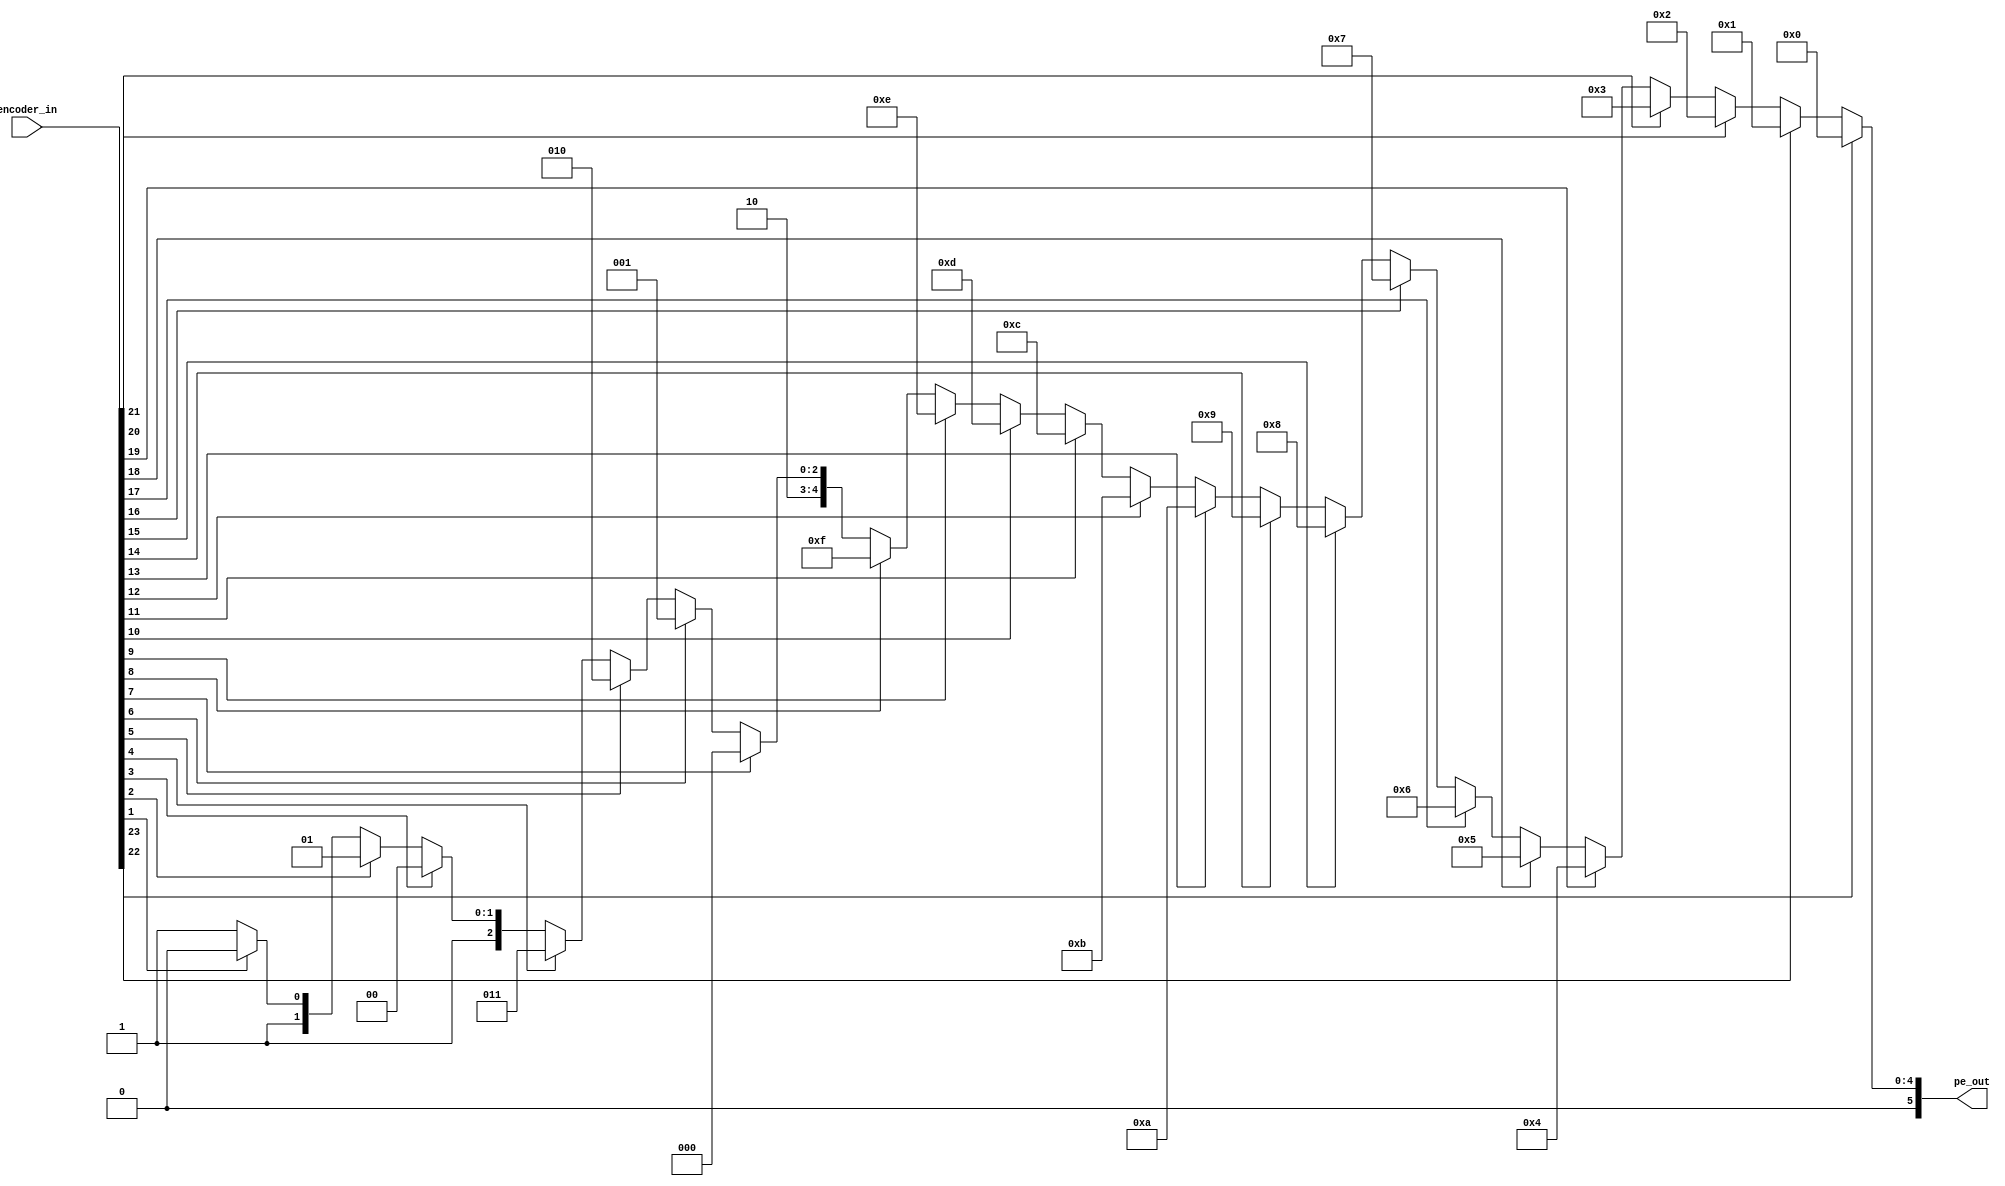
module priencoder (pe_out , encoder_in );
 
	output [5:0] pe_out ;
	//input  enable ; 
	input [23:0] encoder_in ; 
	wire [5:0] pe_out ;
	
	assign  pe_out  = ((encoder_in[23]) ? 0 : 
		(encoder_in[22]) ? 1 : 
		(encoder_in[21]) ? 2 : 
		(encoder_in[20]) ? 3 : 
		(encoder_in[19]) ? 4 : 
		(encoder_in[18]) ? 5 : 
		(encoder_in[17]) ? 6 : 
		(encoder_in[16]) ? 7 : 
		(encoder_in[15]) ? 8 : 
		(encoder_in[14]) ? 9 : 
		(encoder_in[13]) ? 10 : 
		(encoder_in[12]) ? 11 : 
		(encoder_in[11]) ? 12 : 
		(encoder_in[10]) ? 13 : 
		(encoder_in[9]) ? 14 : 
		(encoder_in[8]) ? 15 : 
		(encoder_in[7]) ? 16 : 
		(encoder_in[6]) ? 17 : 
		(encoder_in[5]) ? 18 : 
		(encoder_in[4]) ? 19 : 
		(encoder_in[3]) ? 20 : 
		(encoder_in[2]) ? 21 : 
		(encoder_in[1]) ? 22 : 23);

endmodule